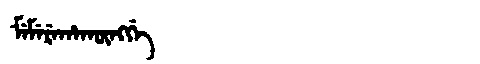
Manchu: ᠮᡝᠮᡝᡵᡝᡥᠠᡴᡡᠩᡤᡝ
Romanization: MEMEREHAKŪNGGE